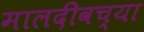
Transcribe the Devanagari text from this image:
मालदीवच्या